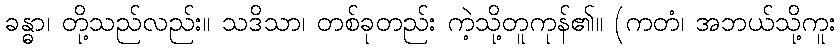
ခန္ဓာ၊ တို့သည်လည်း။ သဒိသာ၊ တစ်ခုတည်း ကဲ့သို့တူကုန်၏။ (ကတံ၊ အဘယ်သို့ကူး